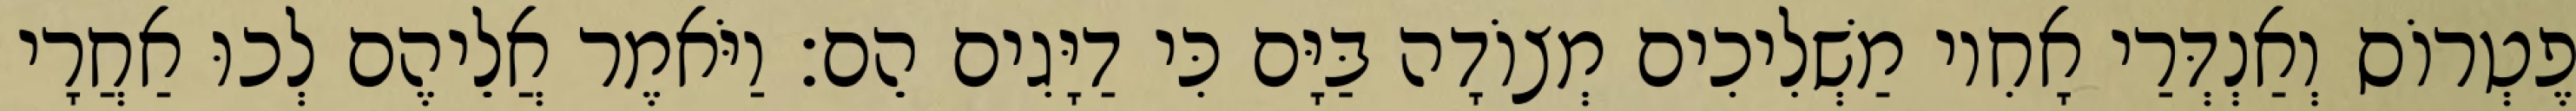
פֶטְרוֹס וְאַנְדְּרַי אָחִיו מַשְׁלִיכִים מְצוֹדָה בַּיָּם כִּי דַיָּגִים הֵם׃ וַיֹּאמֶר אֲלֵיהֶם לְכוּ אַחֲרָי